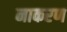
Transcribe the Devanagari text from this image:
नाकरण